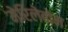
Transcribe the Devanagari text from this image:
मेरिलेबोन